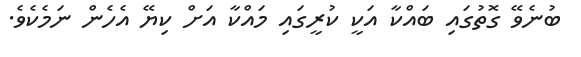
ބުނެވޭ ގޮތުގައި ބައްކާ އަކީ ކުރީގައި މައްކާ އަށް ކިޔޭ އެހެން ނަމެކެވެ.